Report of the Imperial Institute of Veterinary Research, Muktesar
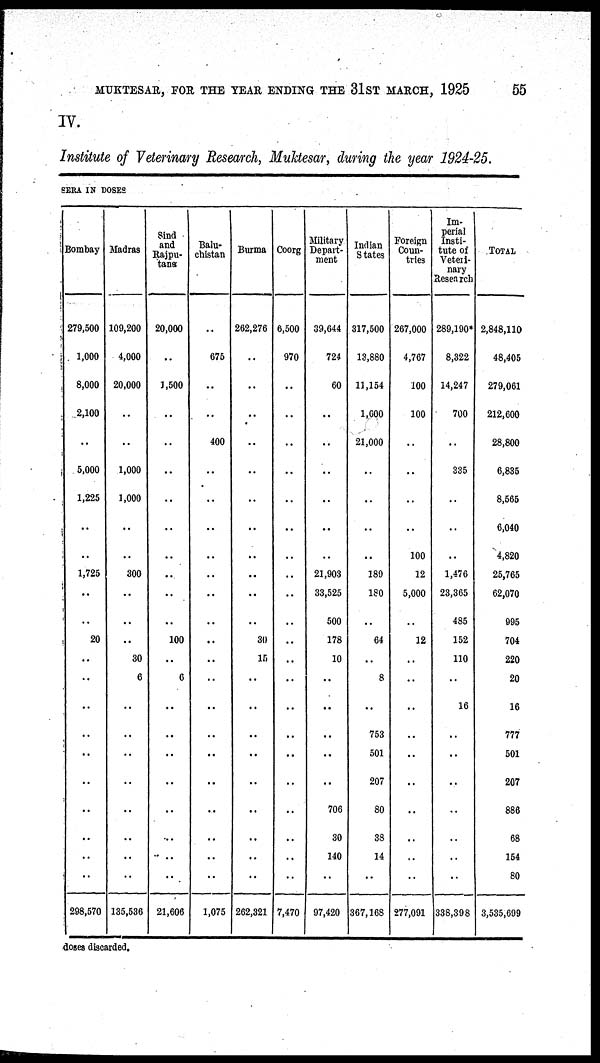
MUKTESAR, FOR THE YEAR ENDING THE 31ST MARCH, 1925
55
IV.
Institute of Veterinary Research, Muktesar, during the year 1924-25.
SERA IN DOSES
Bombay
279,500
1,000
8,000
2,100
..
5,000
1,225
..
..
1,725
..
20
..
..
..
..
..
..
..
..
..
..
298,570
Madras
109,200
4,000
20,000
..
..
1,000
1,000
..
..
300
..
..
30
6
..
..
..
..
..
..
..
135,536
Sind
and
Rajpu¬
tana
20,000
..
1,500
..
..
..
..
..
..
..
..
..
100
..
6
..
..
..
..
..
..
..
..
21,606
Balu-
chistan
..
675
..
..
400
..
..
..
..
..
..
..
..
..
..
..
..
..
..
..
..
..
1,075
Burma
262,276
..
..
..
..
..
..
..
..
..
..
..
30
15
..
..
..
..
..
..
..
..
..
262,321
Coorg
6,500
970
..
..
..
..
..
..
..
..
..
..
..
..
..
..
..
..
..
..
..
..
7,470
Military
Depart-
ment
39,644
724
60
..
..
..
..
..
21,903
33,525
500
178
10
..
..
..
.
..
706
30
140
..
97,420
Indian
States
317,500
13,880
11,154
1,600
21,000
..
..
..
..
189
180
..
64
..
8
..
753
501
207
80
38
14
..
367,168
Foreign
Coun-
tries
267,000
4,767
100
100
..
..
..
..
100
12
5,000
12
..
..
..
..
..
..
..
..
..
..
277,091
Im-
perial
Insti-
tute of
Veteri-
nary
Research
289,190*
8,322
14,247
700
..
335
..
..
..
1,476
23,365
485
152
110
..
16
..
..
..
..
..
..
..
338,398
TOTAL
2,848,110
48,405
279,061
212,600
28,800
6,835
8,565
6,040
4,820
25,765
62,070
995
704
220
20
16
777
501
207
886
68
154
80
3,535,699
doses discarded.